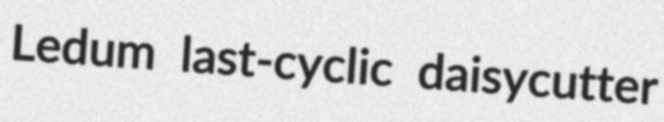
Ledum last-cyclic daisycutter